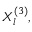
X _ { l } ^ { ( 3 ) } ,